Source: Handwritten
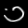
Digit: ၁ (1)